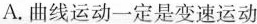
A.曲线运动一定是变速运动